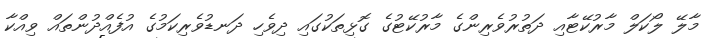
މާލޭ ލޯކަލް މާރުކޭޓާއި ދަތުރުވެރިންގެ މާރުކޭޓުގެ ގޮޅިތަކުގައި ދިވެހި ދަނޑުވެރިކަމުގެ އުފެއްދުންތައް ވިއްކާ